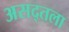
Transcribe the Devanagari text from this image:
असद्तला